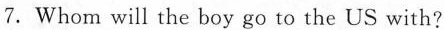
7.Whom will the boy go to the US with?